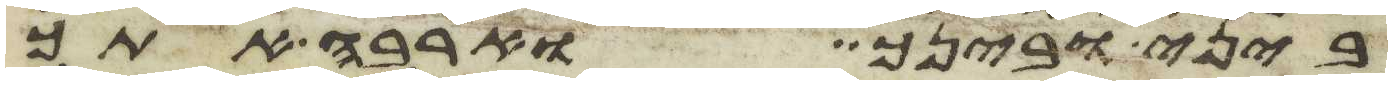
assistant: ביני ובינך וארבה אתך